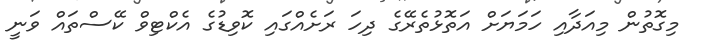
މިގޮތުން މިއަދާއި ހަމަޔަށް އަތޮޅުތެރޭގެ ދިހަ ރަށެއްގައި ކޮވިޑުގެ އެކްޓިވް ކޭސްތައް ވަނީ